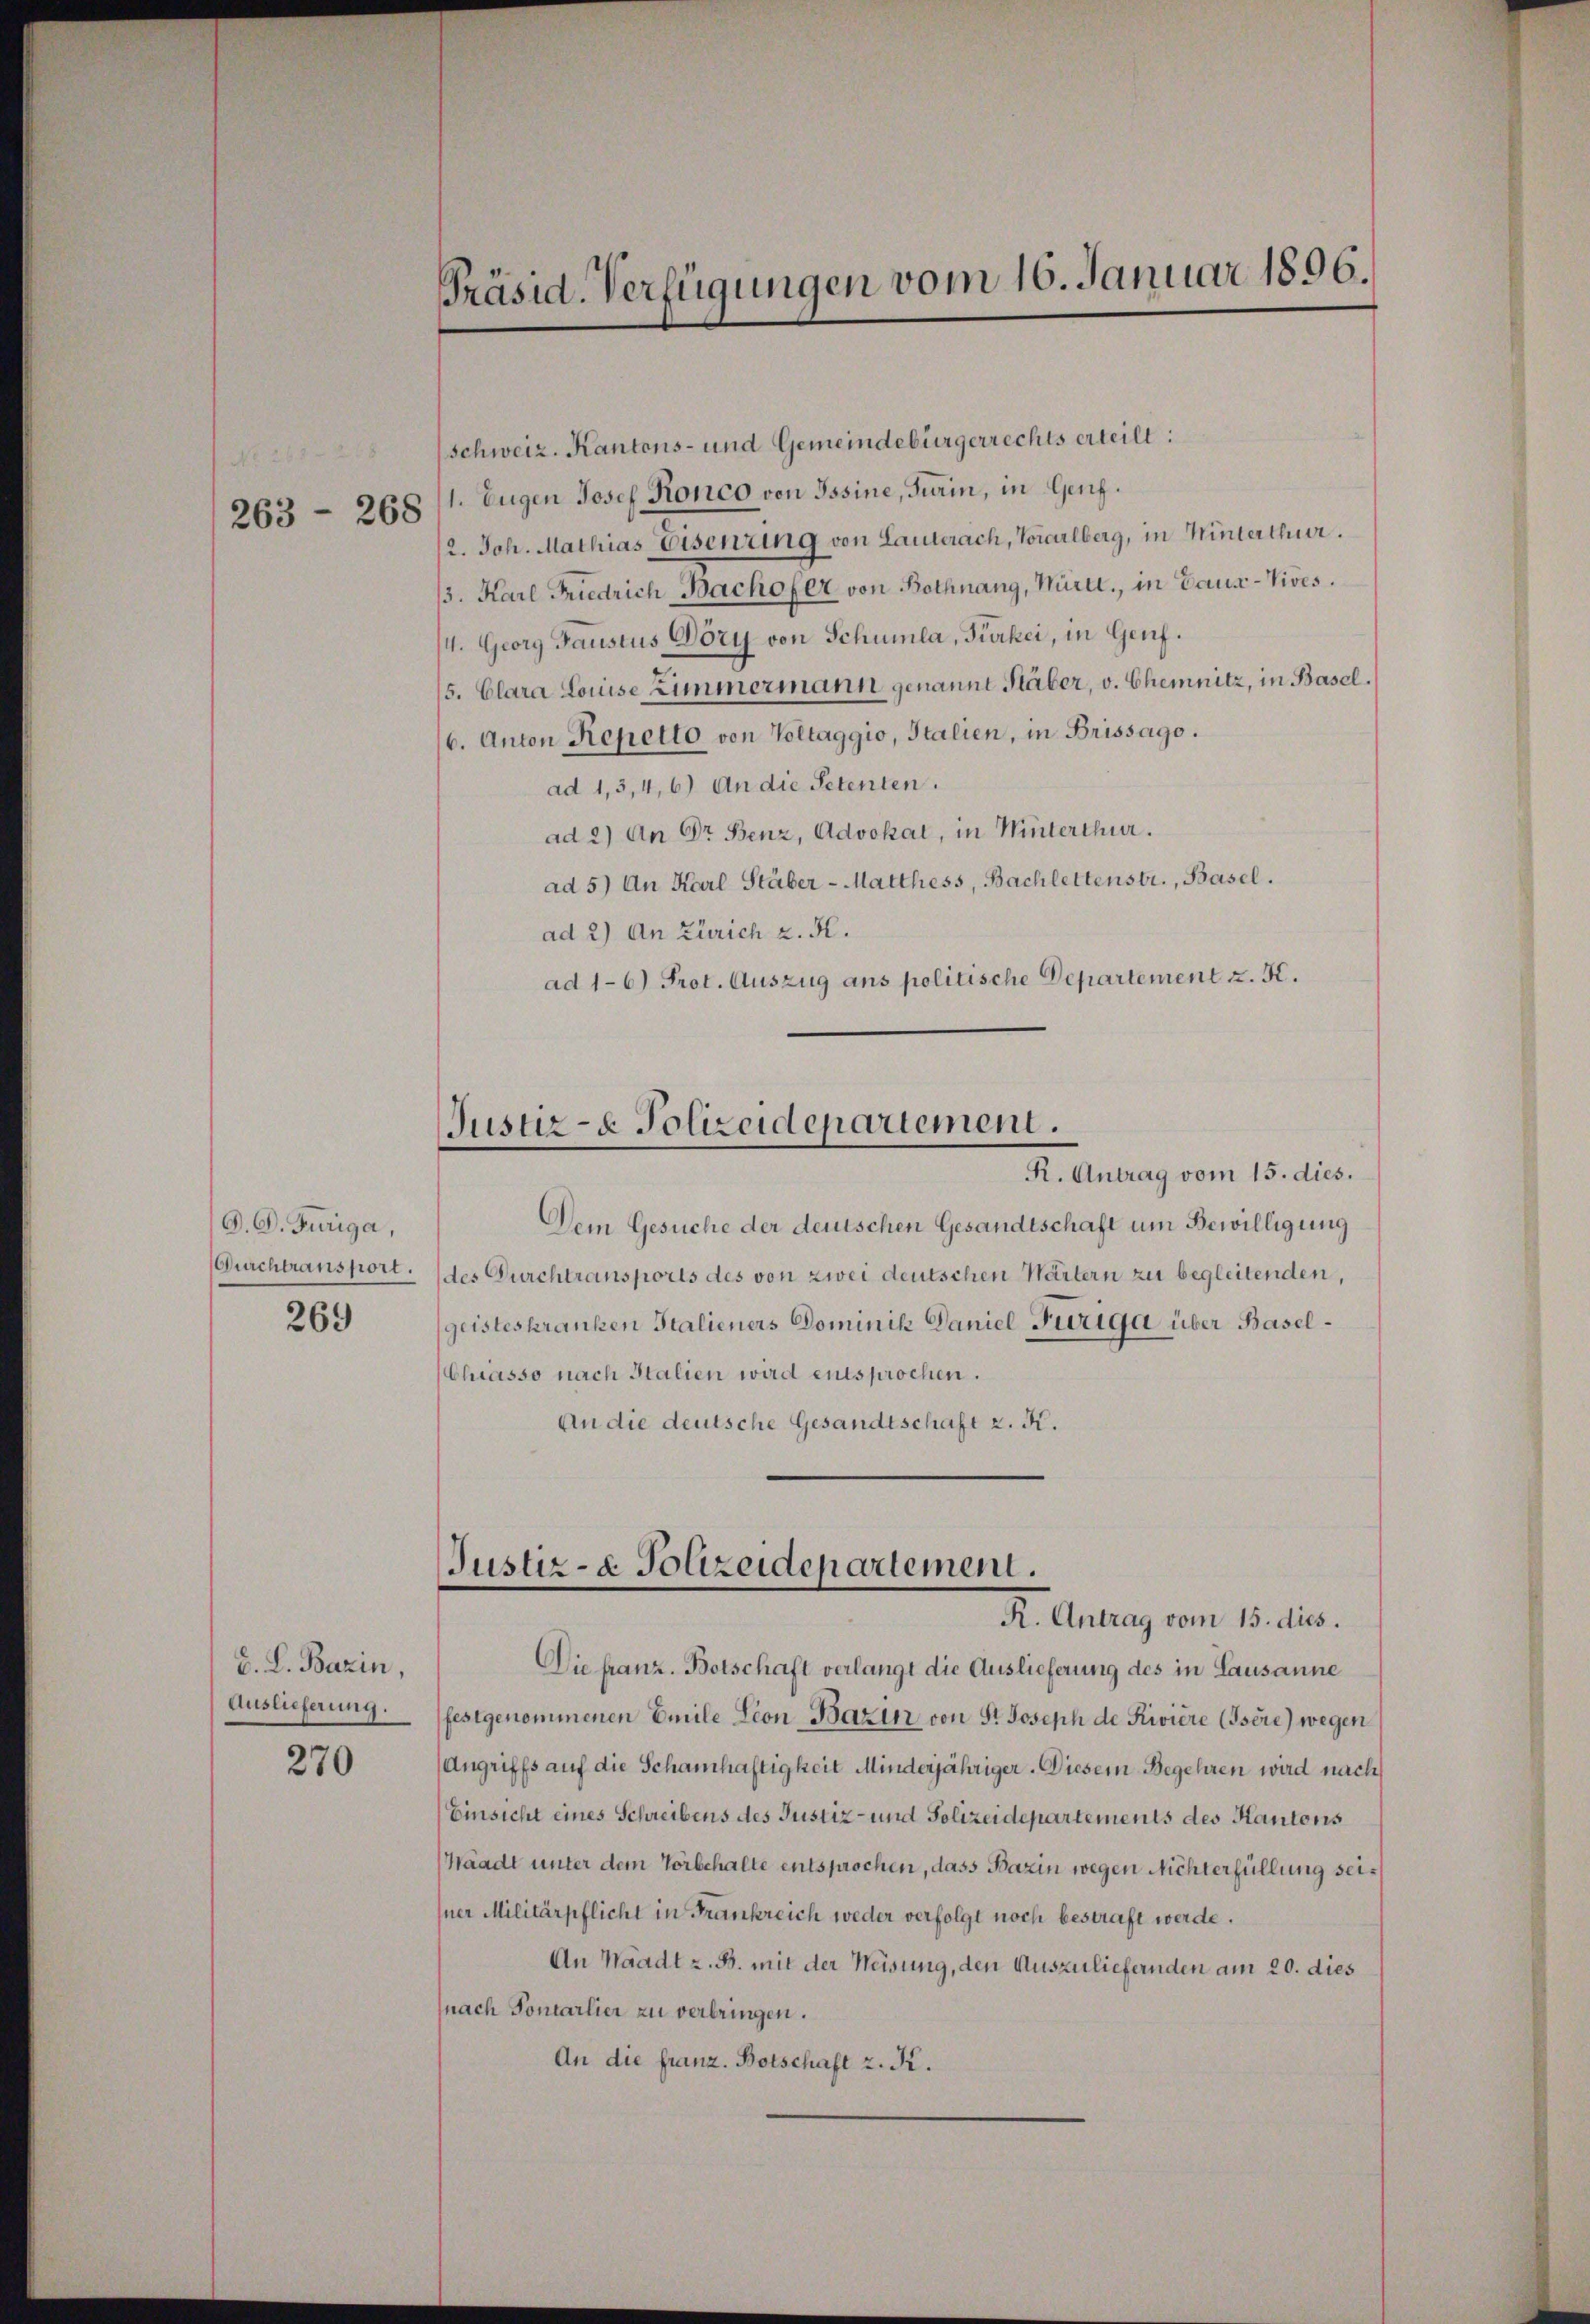
263 - 268

O. D. Turiga
Gurchtransport.
269

G. L. Bazin,
Auslieferung.

270

.

Präsid. Verfügungen vom 16. Januar 1896.

schweiz. Kantons- und Gemeindebürgerrechts erteilt:
1. Eugen Josef Ronco von Ossine, Turin, in Genf.
12. Joh. Mathias Eisenring von Lauterach, Vorarlberg, in Winterthur.
13. Karl Friedrich Bachofer von Bothnang, Württ., in Baus-Vives.
/4. Georg Faustus Göry von Schumla, Piakei, in Genf.
/5. Clara Louise Zimmermann genannt Stäber, v. Chemnitz, in Basel.
16. Anton Repetto von Voltaggio, Italien, in Brissago.
ad 1,3,4, 6) An die Petenten.
ad 2) An Dr Benz, Advokat, in Winterthur.
ad 5) An Karl Stäber-Matthess, Bachlettenstr., Basel.
ad 2) An Zürich z. B.
ad 1-6) Prot. Auszug ans politische Departement z. K.

Justiz- & Polizeidepartement.
R. Antrag vom 15. dies.

Dem Gesuche der deutschen Gesandtschaft um Bewilligung
des Durchtransports des von zwei deutschen Wärtern zu begleitenden,
geisteskranken Stalieners Dominik Daniel Triga über Basel¬
Chiasso nach Italien wird entsprochen.
An die deutsche Gesandtschaft z. K.

Justiz- & Polizeidepartement.
R. Antrag vom 15. dies.

Die franz. Botschaft verlangt die Auslieferung des in Lausanne
festgenommenen Emile Lion-Bazin von St. Joseph de Riviere (Isére) wegen
Angriffs auf die Schamhaftigkeit Minderjähriger. Diesem Begehren wird nach
Einsicht eines Schreibens des Justiz- und Polizeidepartements des Kantons
Waadt unter dem Vorbehalte entsprochen, dass Bazin wegen Nichterfüllung seisner Militärpflicht in Frankreich weder verfolgt noch bestraft werde.
An Waadt z. B. mit der Weisung, den Auszuliefernden am 20. dies
nach Pontarlier zu verbringen.
An die franz. Botschaft z. K.